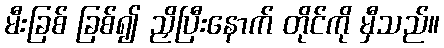
မီးခြစ် ခြစ်၍ ညှိပြီးနောက် တိုင်ကို မှီသည်။